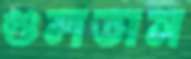
গুলতাম